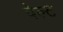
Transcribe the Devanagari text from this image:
पेल्ट